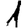
Digit: 1